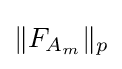
\|F_{A_{m}}\|_{p}